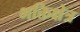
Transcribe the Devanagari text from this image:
भक्तिक्षेत्र